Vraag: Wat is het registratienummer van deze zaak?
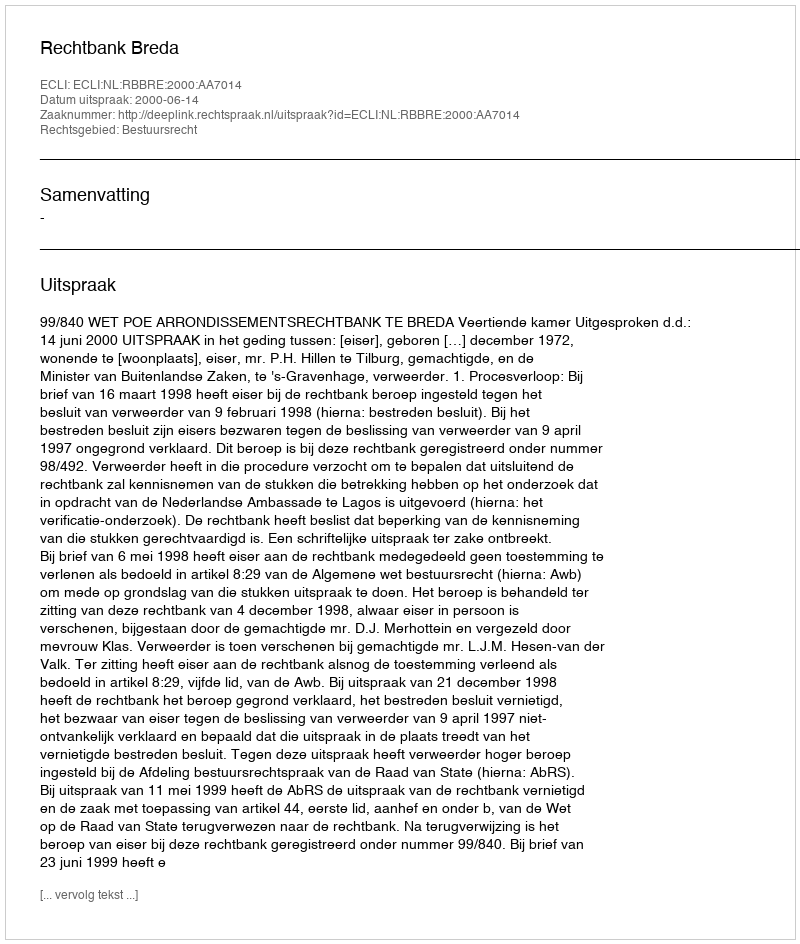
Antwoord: http://deeplink.rechtspraak.nl/uitspraak?id=ECLI:NL:RBBRE:2000:AA7014